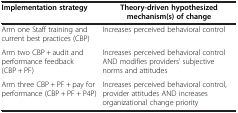
| Implementation strategy | Theory-driven hypothesized mechanism(s) of change |
 | --- | --- |
 | Arm one Staff training and current best practices (CBP) | Increases perceived behavioral control |
 | Arm two CBP + audit and performance feedback (CBP + PF) | Increases perceived behavioral control AND modifies providers’ subjective norms and attitudes |
 | Arm three CBP + PF + pay for performance (CBP + PF + P4P) | Increases perceived behavioral control, provider attitudes AND increases organizational change priority |